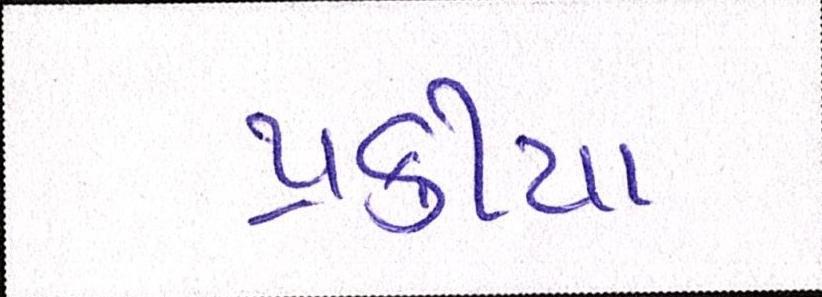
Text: પ્રક્રીયા